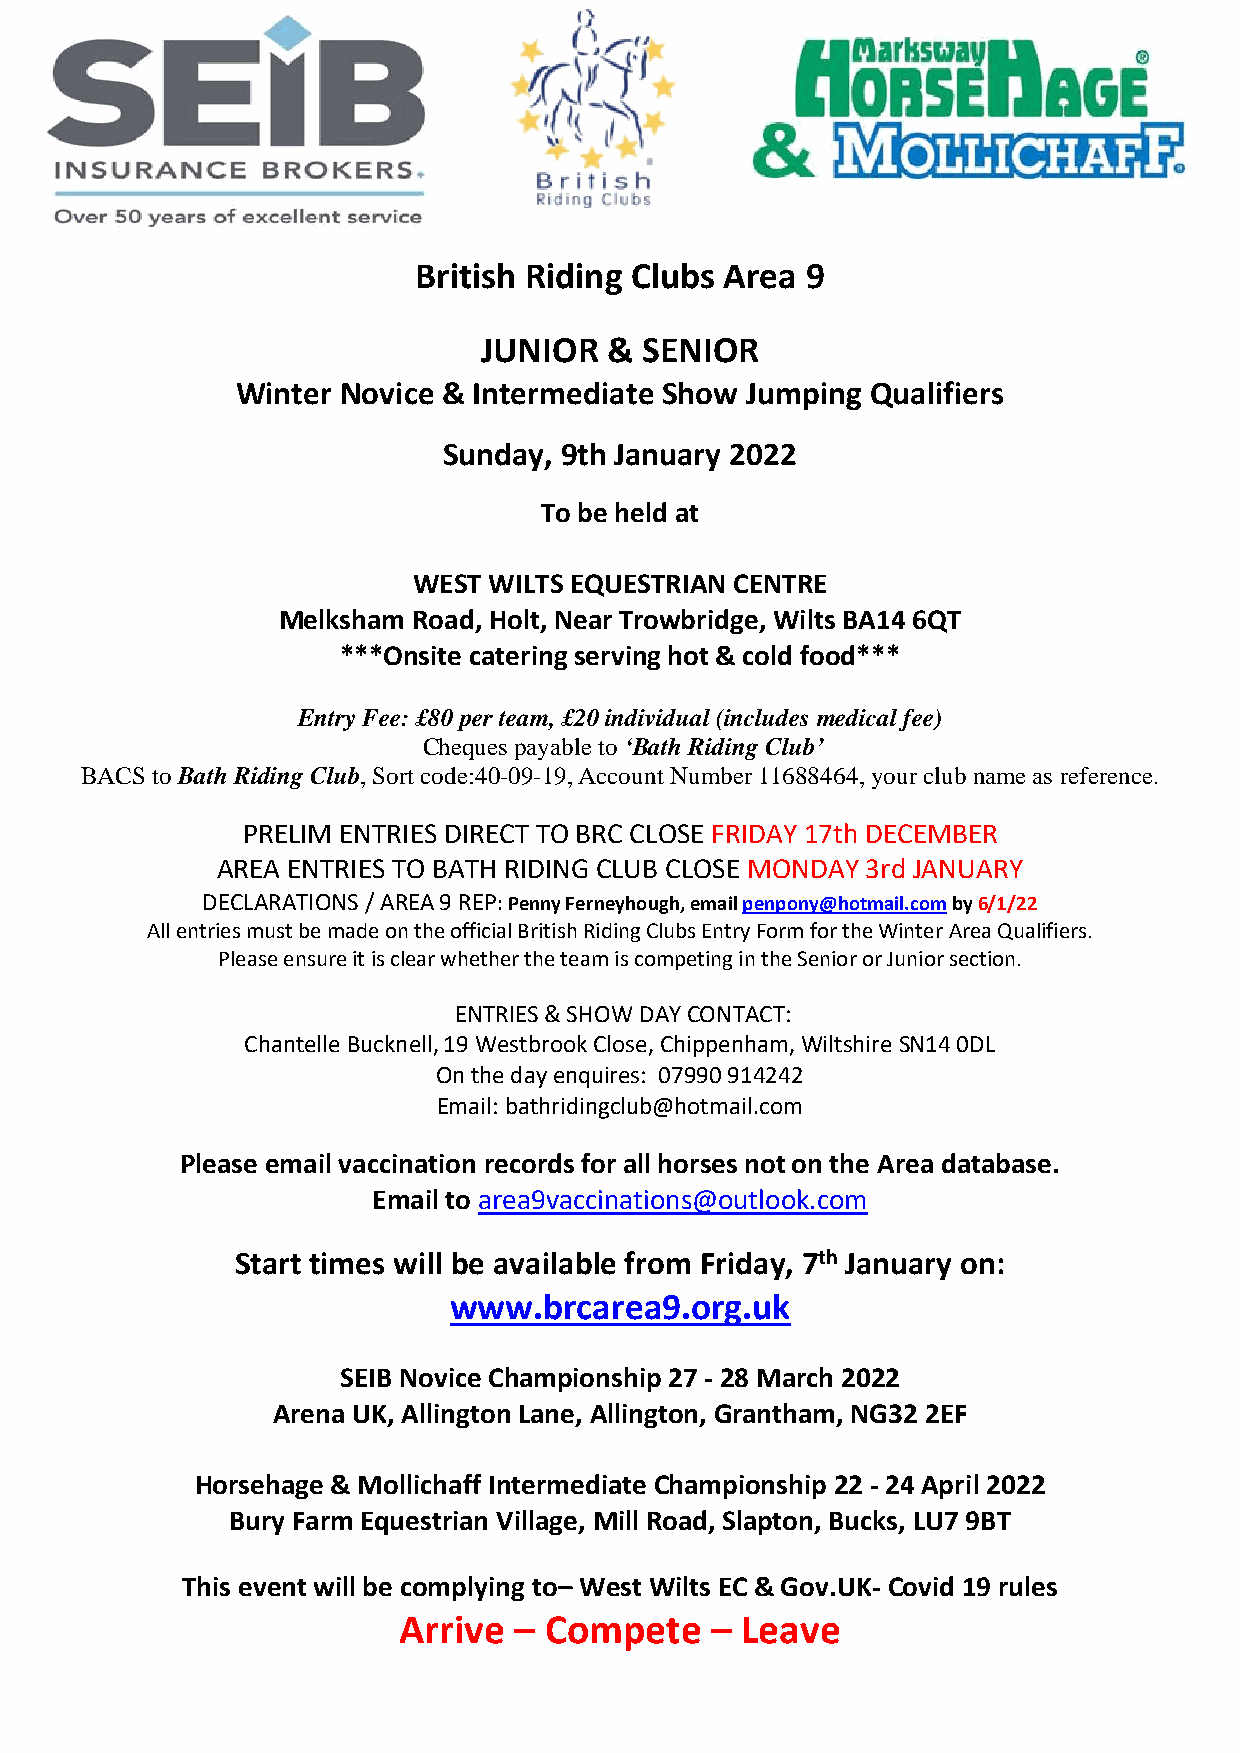
British Riding Clubs Area 9
 JUNIOR  & SENIOR
 Winter Novice & Intermediate Show Jumping Qualifiers
 Sunday, 9th January 2022
 To be held at
 WEST WILTS EQUESTRIAN CENTRE
 Melksham Road, Holt, Near Trowbridge, Wilts BA14 6QT
 ***Onsite catering serving hot & cold food***
 Entry Fee: £80 per team, £20 individual (includes medical fee)
 Cheques payable to ‘Bath Riding Club’
 BACS to Bath Riding Club, Sort code:40-09-19, Account Number 11688464, your club name as reference.
 PRELIM ENTRIES DIRECT TO BRC CLOSE FRIDAY 17th DECEMBER
 AREA ENTRIES TO BATH RIDING CLUB CLOSE MONDAY 3rd JANUARY
 DECLARATIONS / AREA 9 REP: Penny Ferneyhough, email penpony@hotmail.com by 6/1/22
 All entries must be made on the official British Riding Clubs Entry Form for the Winter Area Qualifiers.
 Please ensure it is clear whether the team is competing in the Senior or Junior section.
 ENTRIES & SHOW DAY CONTACT:
 Chantelle Bucknell, 19 Westbrook Close, Chippenham, Wiltshire SN14 0DL
 On the day enquires: 07990 914242
 Email: bathridingclub@hotmail.com
 Please email vaccination records for all horses not on the Area database.
 Email to area9vaccinations@outlook.com
 Start times will be available from Friday, 7th January on:
 www.brcarea9.org.uk
 SEIB Novice Championship 27 - 28 March 2022
 Arena UK, Allington Lane, Allington, Grantham, NG32 2EF
 Horsehage & Mollichaff Intermediate Championship 22 - 24 April 2022
 Bury Farm Equestrian Village, Mill Road, Slapton, Bucks, LU7 9BT
 This event will be complying to– West Wilts EC & Gov.UK- Covid 19 rules
 Arrive  – Compete    – Leave